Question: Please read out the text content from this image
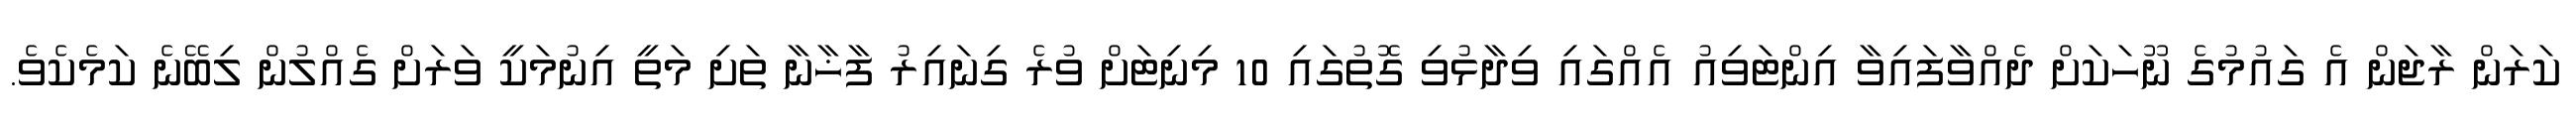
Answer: ކަރަން ރާޖަން އެ ގައުމުގެ ނޫހަކަށް ދެއްވާފައިވާ އިންޓަވިއު އެއްގައި ވިދާޅުވި ގޮތުގައި 10 މިނިޓަށް ވުރެ ގިނައިރު ފާޚާނާ ތަށި މަތީ އިނުމަކީ ވަރަށް ގެއްލުން ލިބޭނެ ކަމެކެވެ.